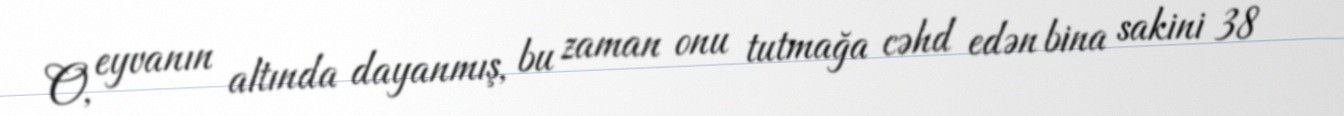
O, eyvanın altında dayanmış, bu zaman onu tutmağa cəhd edən bina sakini 38